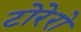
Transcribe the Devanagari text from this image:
टोरेरो